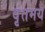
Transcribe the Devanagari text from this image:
वृंतमय